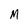
Character: M